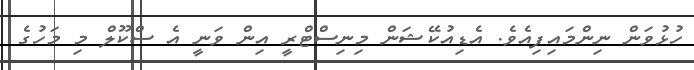
ހުޅުވަން ނިންމައިފިއެވެ. އެޑިއުކޭޝަން މިނިސްޓްރީ އިން ވަނީ އެ ސްކޫލް މި މަހުގެ